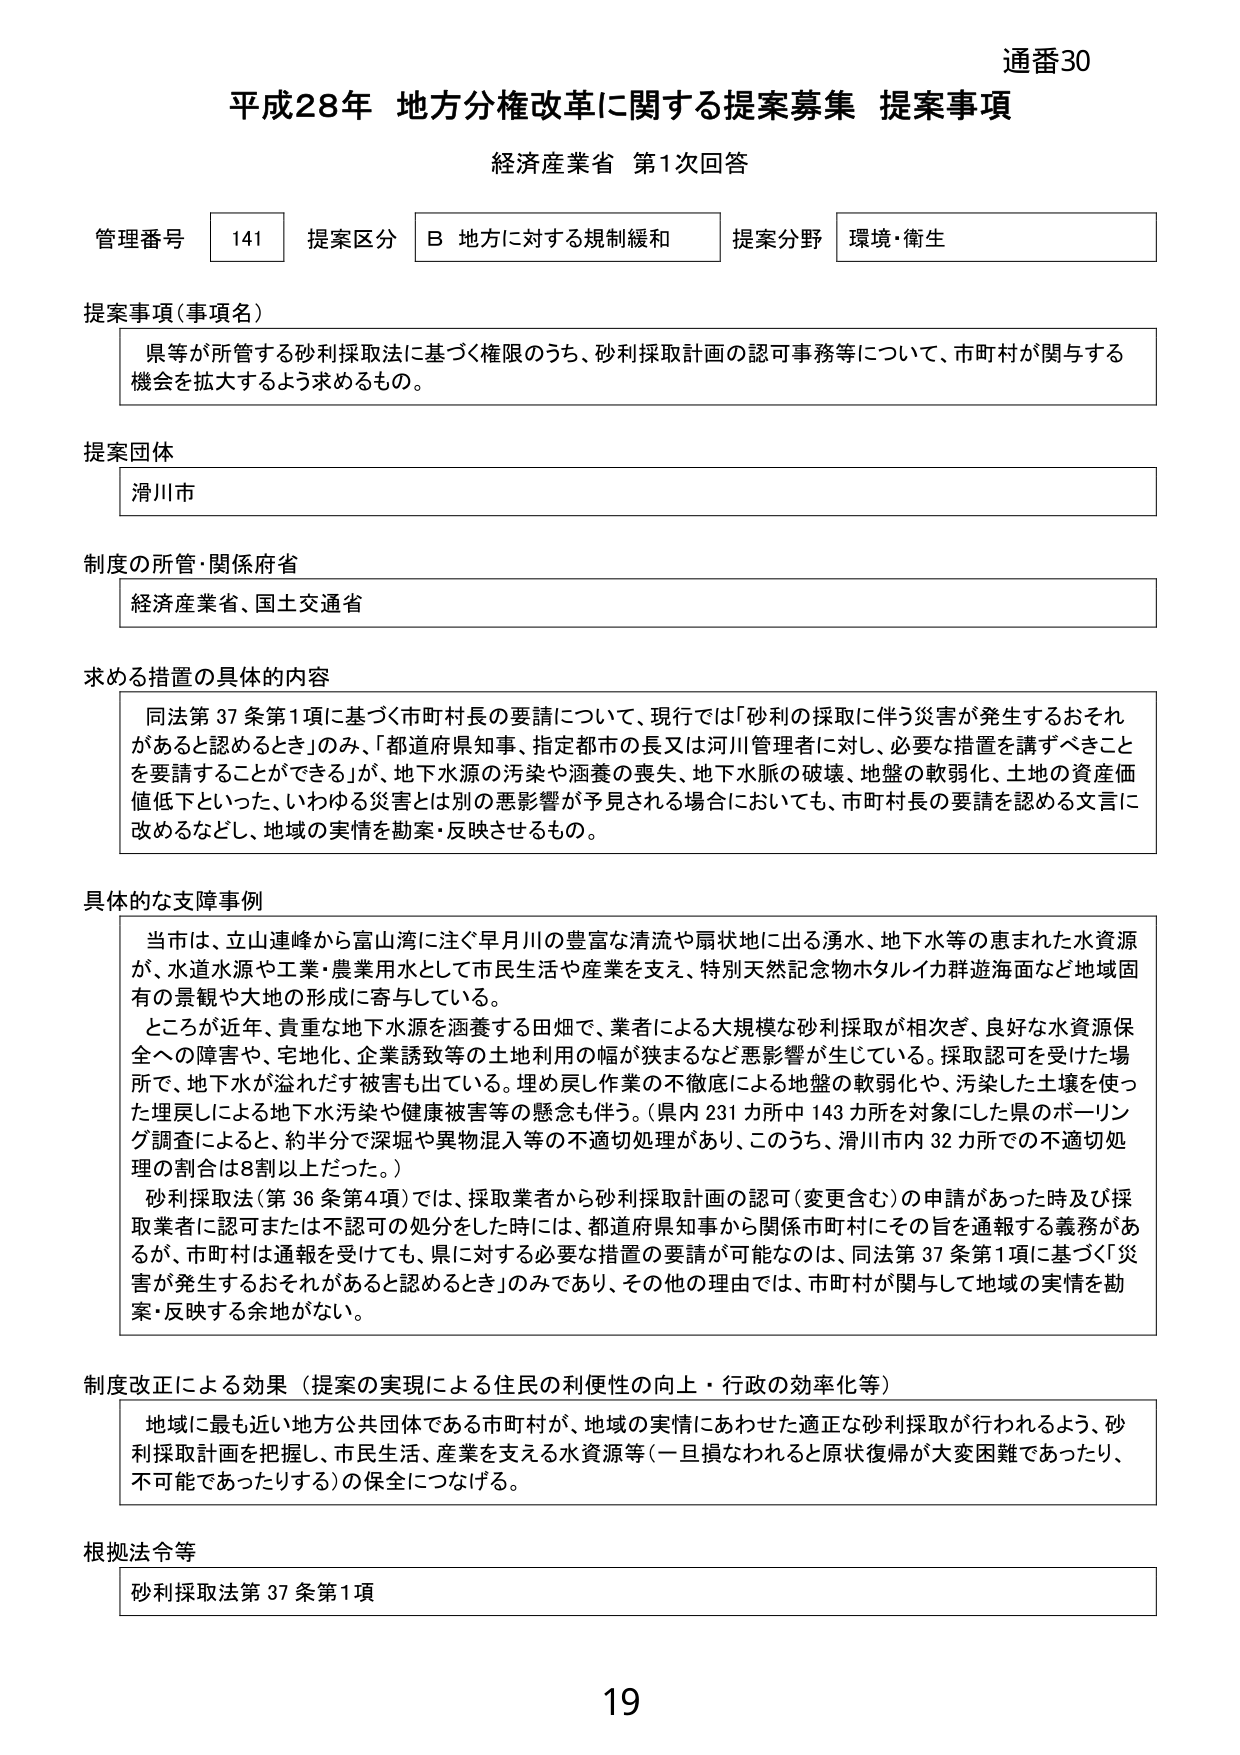
通番30
平成28年 地方分権改革に関する提案募集 提案事項
経済産業省 第1次回答

管理番号 141 提案区分 B 地方に対する規制緩和 提案分野 環境・衛生

提案事項（事項名）
県等が所管する砂利採取法に基づく権限のうち、砂利採取計画の認可事務等について、市町村が関与する機会を拡大するよう求めるもの。

提案団体
滑川市

制度の所管・関係府省
経済産業省、国土交通省

求める措置の具体的内容
同法第37条第1項に基づく市町村長の要請について、現行では「砂利の採取に伴う災害が発生するおそれがあると認めるとき」のみ、「都道府県知事、指定都市の長又は河川管理者に対し、必要な措置を講ずべきことを要請することができる」が、地下水水源の汚染や涵養の喪失、地下水脈の破壊、地盤の軟弱化、土地の資産価値低下といった、いわゆる災害とは別の悪影響が予見される場合においても、市町村長の要請を認める文言に改めるなどし、地域の実情を勘案・反映させるもの。

具体的な支障事例
当市は、立山連峰から富山湾に注ぐ早月川の豊富な清流や扇状地に出る湧水、地下水等の恵まれた水資源が、水道水源や工業・農業用水として市民生活や産業を支え、特別天然記念物ホタルイカ群遊海面など地域固有の景観や大地の形成に寄与している。
ところが近年、貴重な地下水水源を涵養する田畑で、業者による大規模な砂利採取が相次ぎ、良好な水資源保全への障害や、宅地化、企業誘致等の土地利用の幅が狭まるなど悪影響が生じている。採取認可を受けた場所で、地下水が溢れだす被害も出ている。埋め戻し作業の不徹底による地盤の軟弱化や、汚染した土壌を使った埋戻しによる地下水汚染や健康被害等の懸念も伴う。（県内231カ所中143カ所を対象にした県のボーリング調査によると、約半分で深堀や異物混入等の不適切処理があり、このうち、滑川市内32カ所での不適切処理の割合は8割以上だった。）
砂利採取法（第36条第4項）では、採取業者から砂利採取計画の認可（変更含む）の申請があった時及び採取業者に認可または不認可の処分をした時には、都道府県知事から関係市町村にその旨を通報する義務があるが、市町村は通報を受けても、県に対する必要な措置の要請が可能なのは、同法第37条第1項に基づく「災害が発生するおそれがあると認めるとき」のみであり、その他の理由では、市町村が関与して地域の実情を勘案・反映する余地がない。

制度改正による効果（提案の実現による住民の利便性の向上・行政の効率化等）
地域に最も近い地方公共団体である市町村が、地域の実情にあわせた適正な砂利採取が行われるよう、砂利採取計画を把握し、市民生活、産業を支える水資源等（一旦損なわれると原状復帰が大変困難であったり、不可能であったりする）の保全につなげる。

根拠法令等
砂利採取法第37条第1項

19